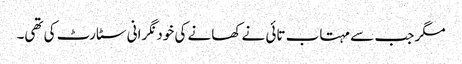
مگر جب سے مہتاب تائی نے کھانے کی خود نگرانی سٹارٹ کی تھی۔